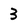
Character: 3